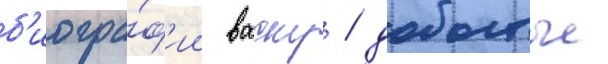
б'иогра́ф'ии васку / добытые